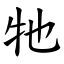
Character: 牠